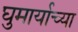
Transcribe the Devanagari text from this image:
घुमार्याच्या